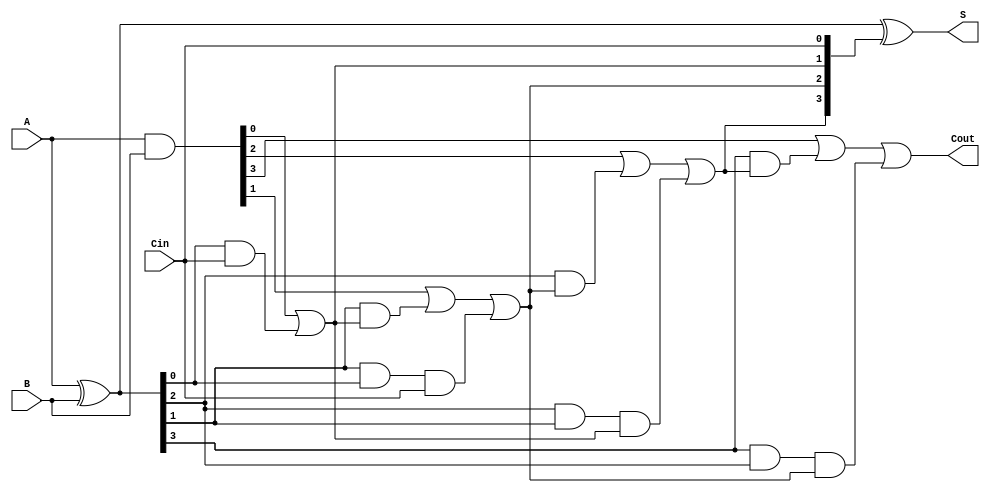
module carry_lookahead_adder #(
    parameter n = 4  // Parameter for the number of bits
) (
    input [n-1:0] A,   // First n-bit input
    input [n-1:0] B,   // Second n-bit input
    input Cin,         // Carry-in input
    output [n-1:0] S,  // n-bit sum output
    output Cout        // Carry-out output
);

    wire [n-1:0] G;    // Generate signals
    wire [n-1:0] P;    // Propagate signals
    wire [n:0] C;      // Carry signals (n+1 bits to accommodate C[n])

    // Generate and Propagate calculations
    assign G = A & B;                  // G[i] = A[i] & B[i]
    assign P = A ^ B;                  // P[i] = A[i] ^ B[i]

    // Carry calculations
    assign C[0] = Cin;                 // C[0] = Cin
    genvar i;
    generate
        for (i = 0; i < n; i = i + 1) begin : carry_logic
            if (i == 0) begin
                assign C[i + 1] = G[i] | (P[i] & C[i]); // C[1] = G[0] + (P[0] * C[0])
            end else begin
                assign C[i + 1] = G[i] | (P[i] & C[i]) | (P[i] & P[i-1] & C[i-1]); // Carry lookahead logic
            end
        end
    endgenerate

    // Sum calculation
    assign S = P ^ C[n-1:0];  // S[i] = P[i] ^ C[i]

    // Final carry-out
    assign Cout = C[n];       // Cout = C[n]

endmodule